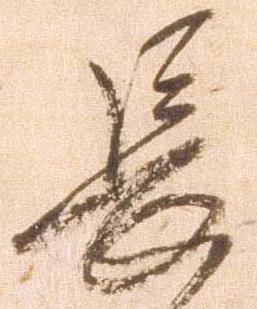
長